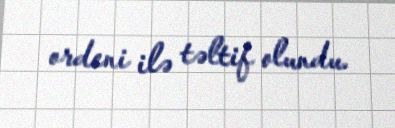
ordeni ilə təltif olundu.